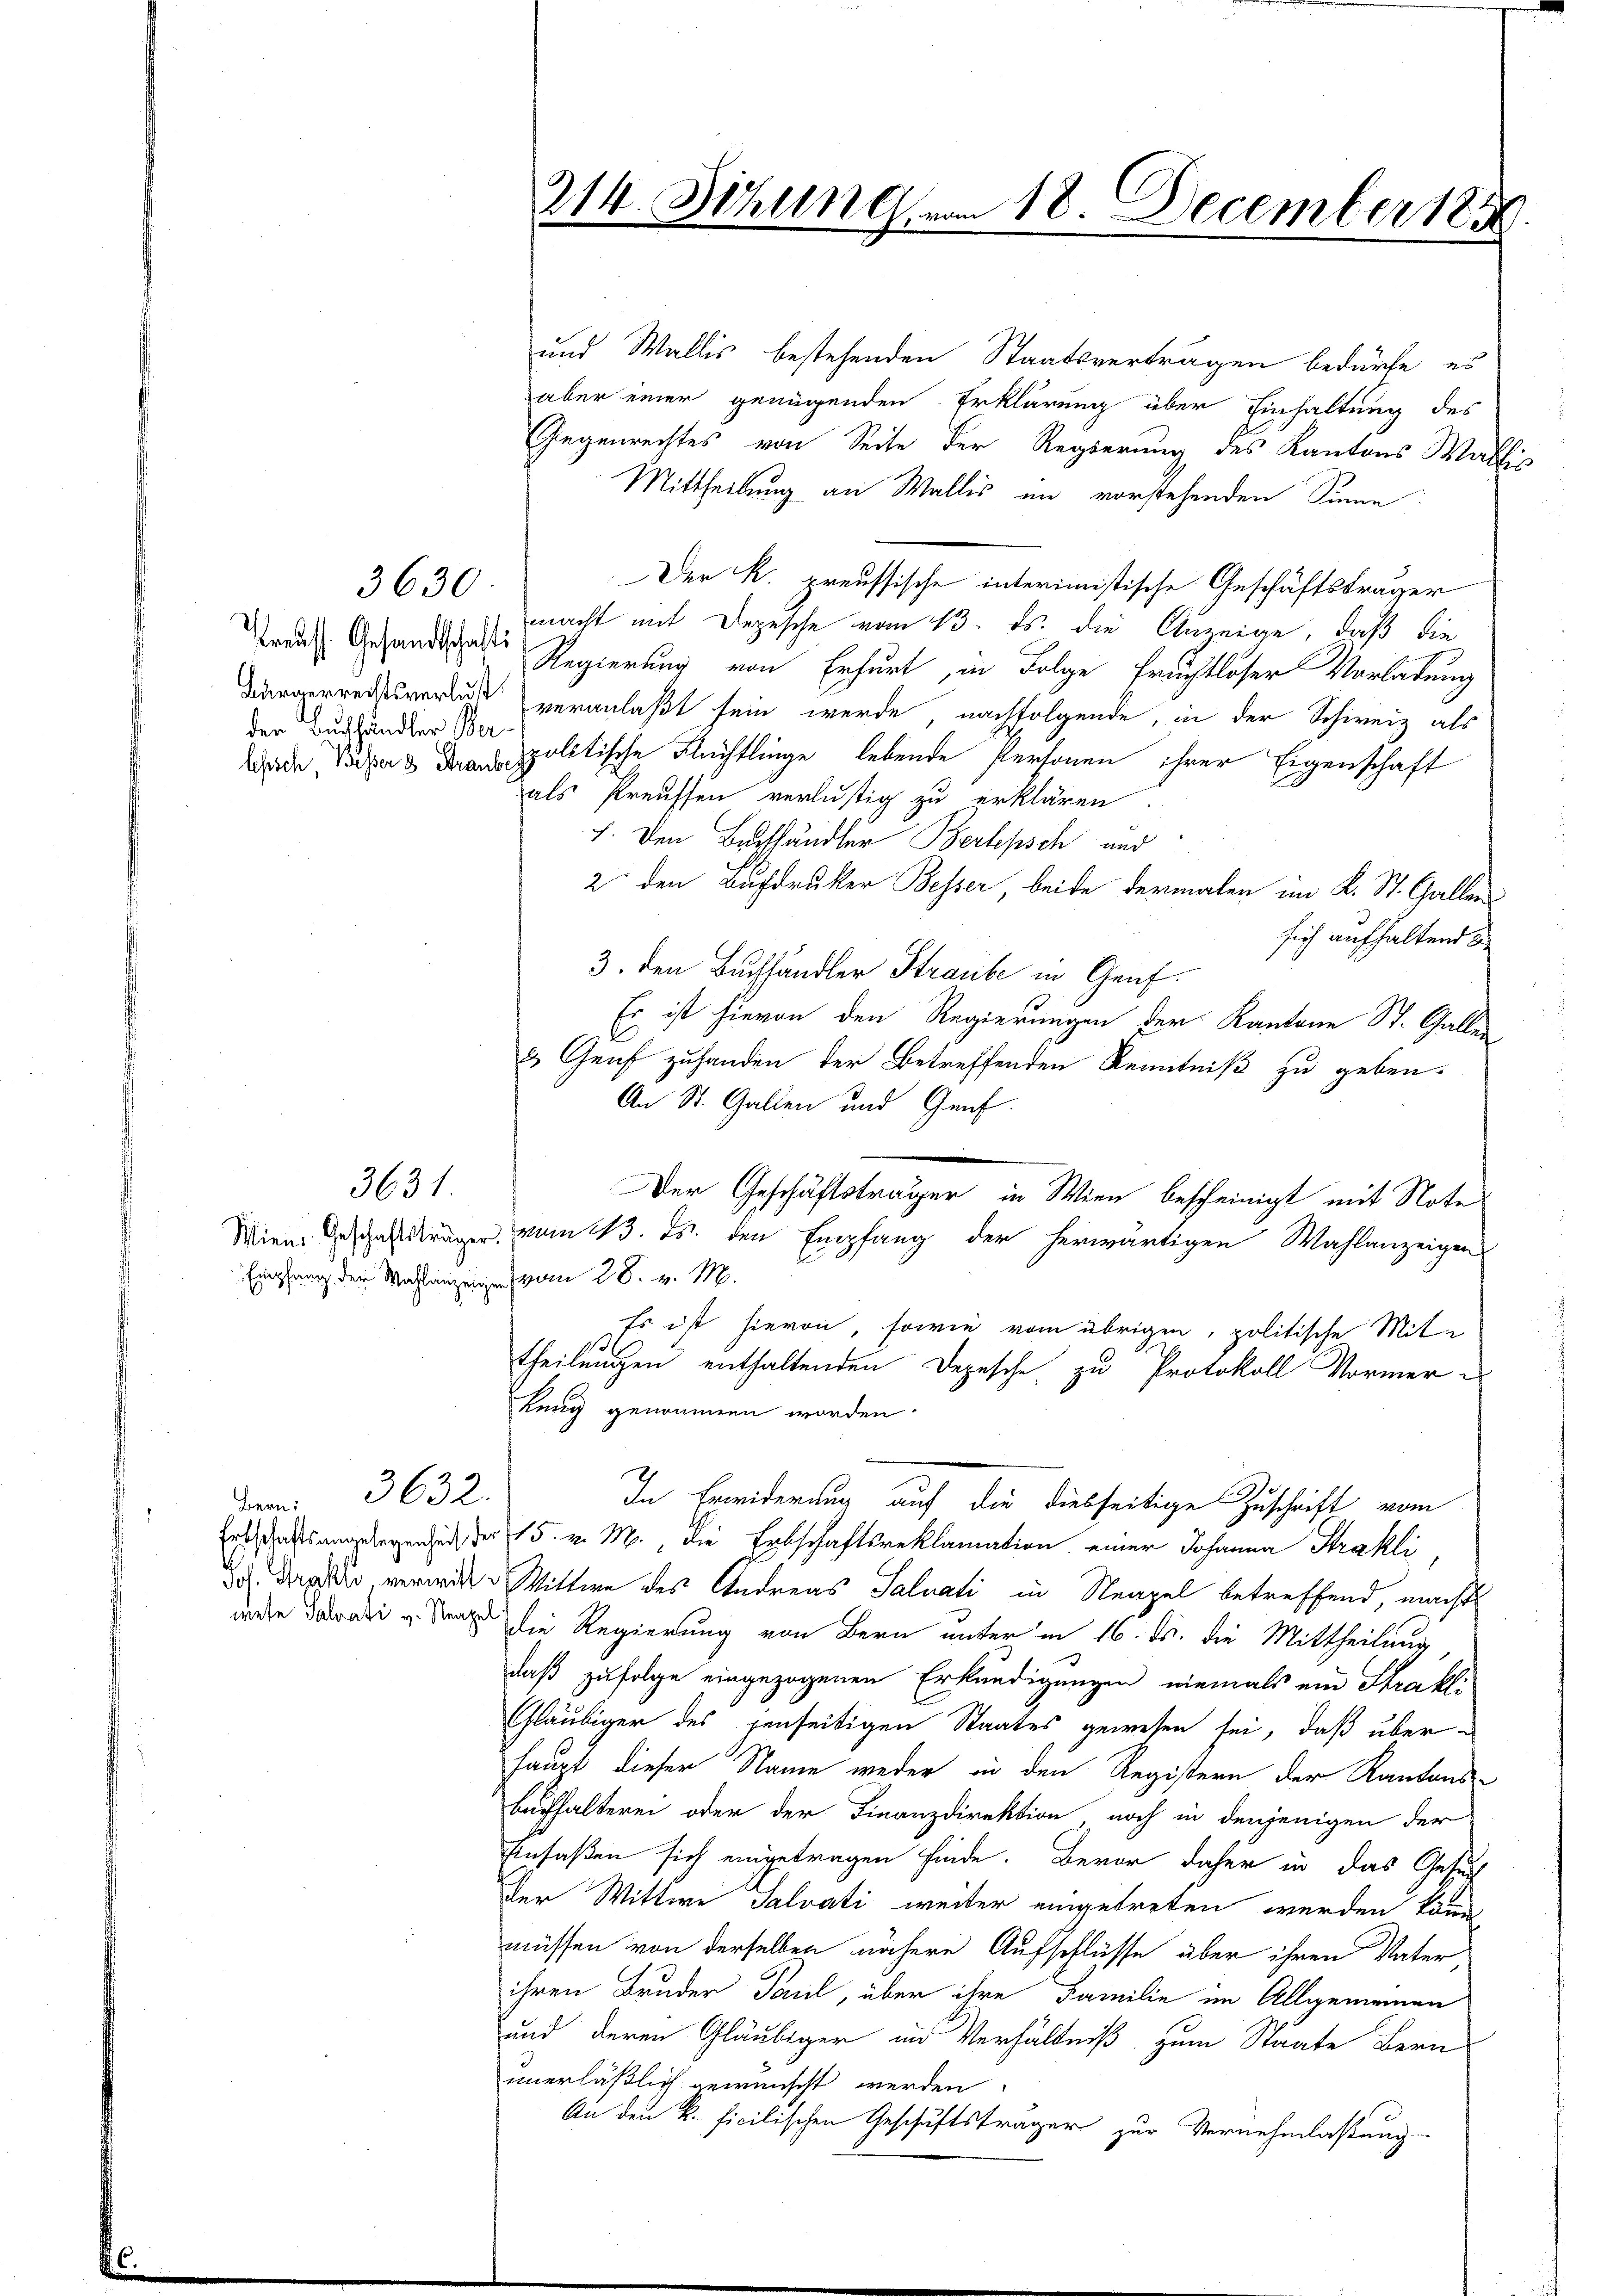
der Buchhändler Ber¬

3630

3631.

r 3632.

und Wallis bestehenden Staatsverträgen bedürfe, es
aber einer genügenden Erklärung über Einhaltung des
Gegenrechtes von Seite der Regierung des Kantons Wallis
Mittheilung an Wallis im vorstehenden Sinne
Der K. preussische interimistische Geschäftsträger
macht mit Depesche vom 13. ds. die Anzeige, daß die
rad. Gesandtschaden Regierung von Erfurt, in Folge fruchtloser Vorladung
Bürgerrechtsverlust veranlaßt sein werde, nachfolgende, in der Schweiz als
ade die politische Flüchtlinge lebende Personen ihrer Eigenschaft
als Preussen verlustig zu erklären
1. Den Buchhändler Berkpsch und
2 den Buchdruker Besser, beide dermalen im K. St. Gallen
sich aufhaltend
3. den Buchhändler Straube in Genf.
Er ist hievon den Regierungen der Kantone St. Galle
.
 Genf zuhanden der Betreffenden Kenntniß zu geben.
An St. Gallen und Genf.
Wien. Descendungen vom 13. Js. den Empfang der herwärtigen Wahlanzeigen
Empfang der Wahlenzeigen vom 28. v. M.
Es ist hievon, sowie vom übrigen, politische Mit
theilungen enthaltenden Depesche zu Protokoll Vormer e
kung genommen worden.
In Erwiderung auf die diesseitige Zuschrift vom
Erst dass angelegen der 15. v. M. die Erbschaftsreklamation einer Johanna Strahli
dch das so verwider Wittwe des Andreas Salvati in Neapel betreffend, machte
de  die Regierung von Bern unter in 16. ds. die Mittheilung,
daß zufolge eingezogenen Erkundigungen niemals ein Strakli
Gläubiger des jenseitigen Staates gewesen sei, daß über-
haupt dieser Name weder in den Registern der Kantons-
Buchhalterei oder der Finanzdirektion noch in denjenigen der
Einfaßen sich eingetragen finde. Bevor daher in das Gesuch
der Wittwe Salvati weiter eingetreten werden könn
müssen von derselben nähere Aufschlüsse über ihren Vater,
ihren Bruder Paul, über ihre Familie im Allgemeinen
und deren Gläubiger in Verhältniß zum Staate Bern
unerläßlich gewünscht werden.
An den k. Ficilischen Geschäftsträger zur Vernehmlassung

214. Sitzung vom 18. December 185

Der Geschäftsträger in Wien bescheinigt mit Note